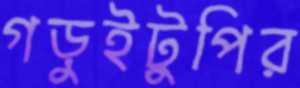
গড়ুইটুপির